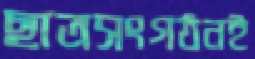
ছাত্রসংগঠনই